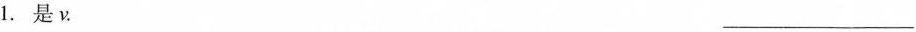
1.是ν. ___